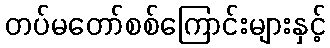
တပ်မတော်စစ်ကြောင်းများနှင့်